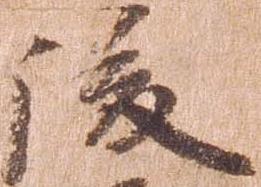
後